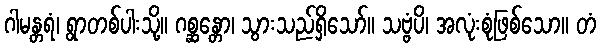
ဂါမန္တရံ၊ ရွာတစ်ပါးသို့။ ဂစ္ဆန္တော၊ သွားသည်ရှိသော်။ သဗ္ဗံပိ၊ အလုံးစုံဖြစ်သော။ တံ